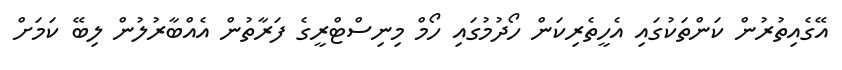
އޭގެއިތުރުން ކަންތަކުގައި އެހީތެރިކަން ހޯދުމުގައި ހޯމް މިނިސްޓްރީގެ ފަރާތުން އެއްބާރުލުން ލިބޭ ކަމަށް